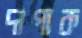
দাপাক